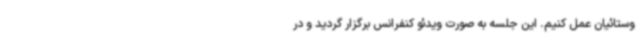
وستائیان عمل کنیم. این جلسه به صورت ویدئو کنفرانس برگزار گردید و در